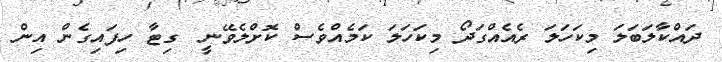
ދައްކާލަބަލަ މިކަހަލަ ރެއެއްގަދޯ މިކަހަލަ ކަމެއްވެސް ކޮށްލެވޭނީ  ގިޓާ ހިފައިގެން އިން